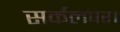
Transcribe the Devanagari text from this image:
सर्कलपर।